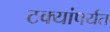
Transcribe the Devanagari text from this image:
टक्यांपर्यत